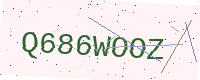
Text: Q686WOOZ